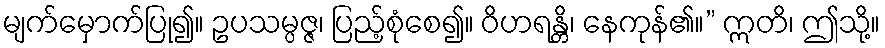
မျက်မှောက်ပြု၍။ ဥပသမ္ပဇ္ဇ၊ ပြည့်စုံစေ၍။ ဝိဟရန္တိ၊ နေကုန်၏။” ဣတိ၊ ဤသို့။